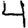
Digit: 4